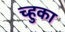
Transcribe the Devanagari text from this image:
च्हुका